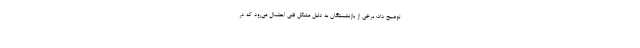
توضیح داد: برخی از بازنشستگان به دلیل مشکل فنی احتمال می‌رود که در